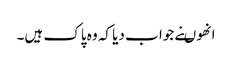
انھوںنے جوا ب دیا کہ وہ پاک ہیں۔